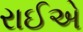
રાઈએ